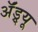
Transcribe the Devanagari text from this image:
ॲंड्र्यू